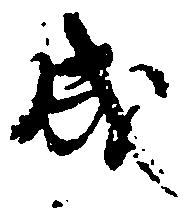
成